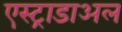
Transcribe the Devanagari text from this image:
एस्ट्राडाअल